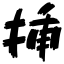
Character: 挿